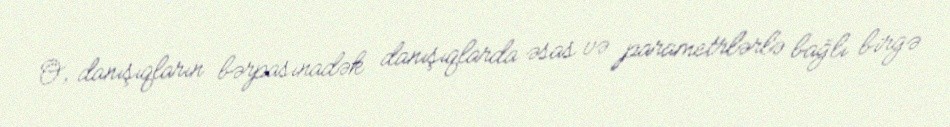
O, danışıqların bərpasınadək danışıqlarda əsas və parametrlərlə bağlı birgə